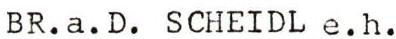
BR.a.D. SCHEIDL e.h.